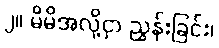
၂။ မိမိအလို့ငှာ ညွှန်းခြင်း၊